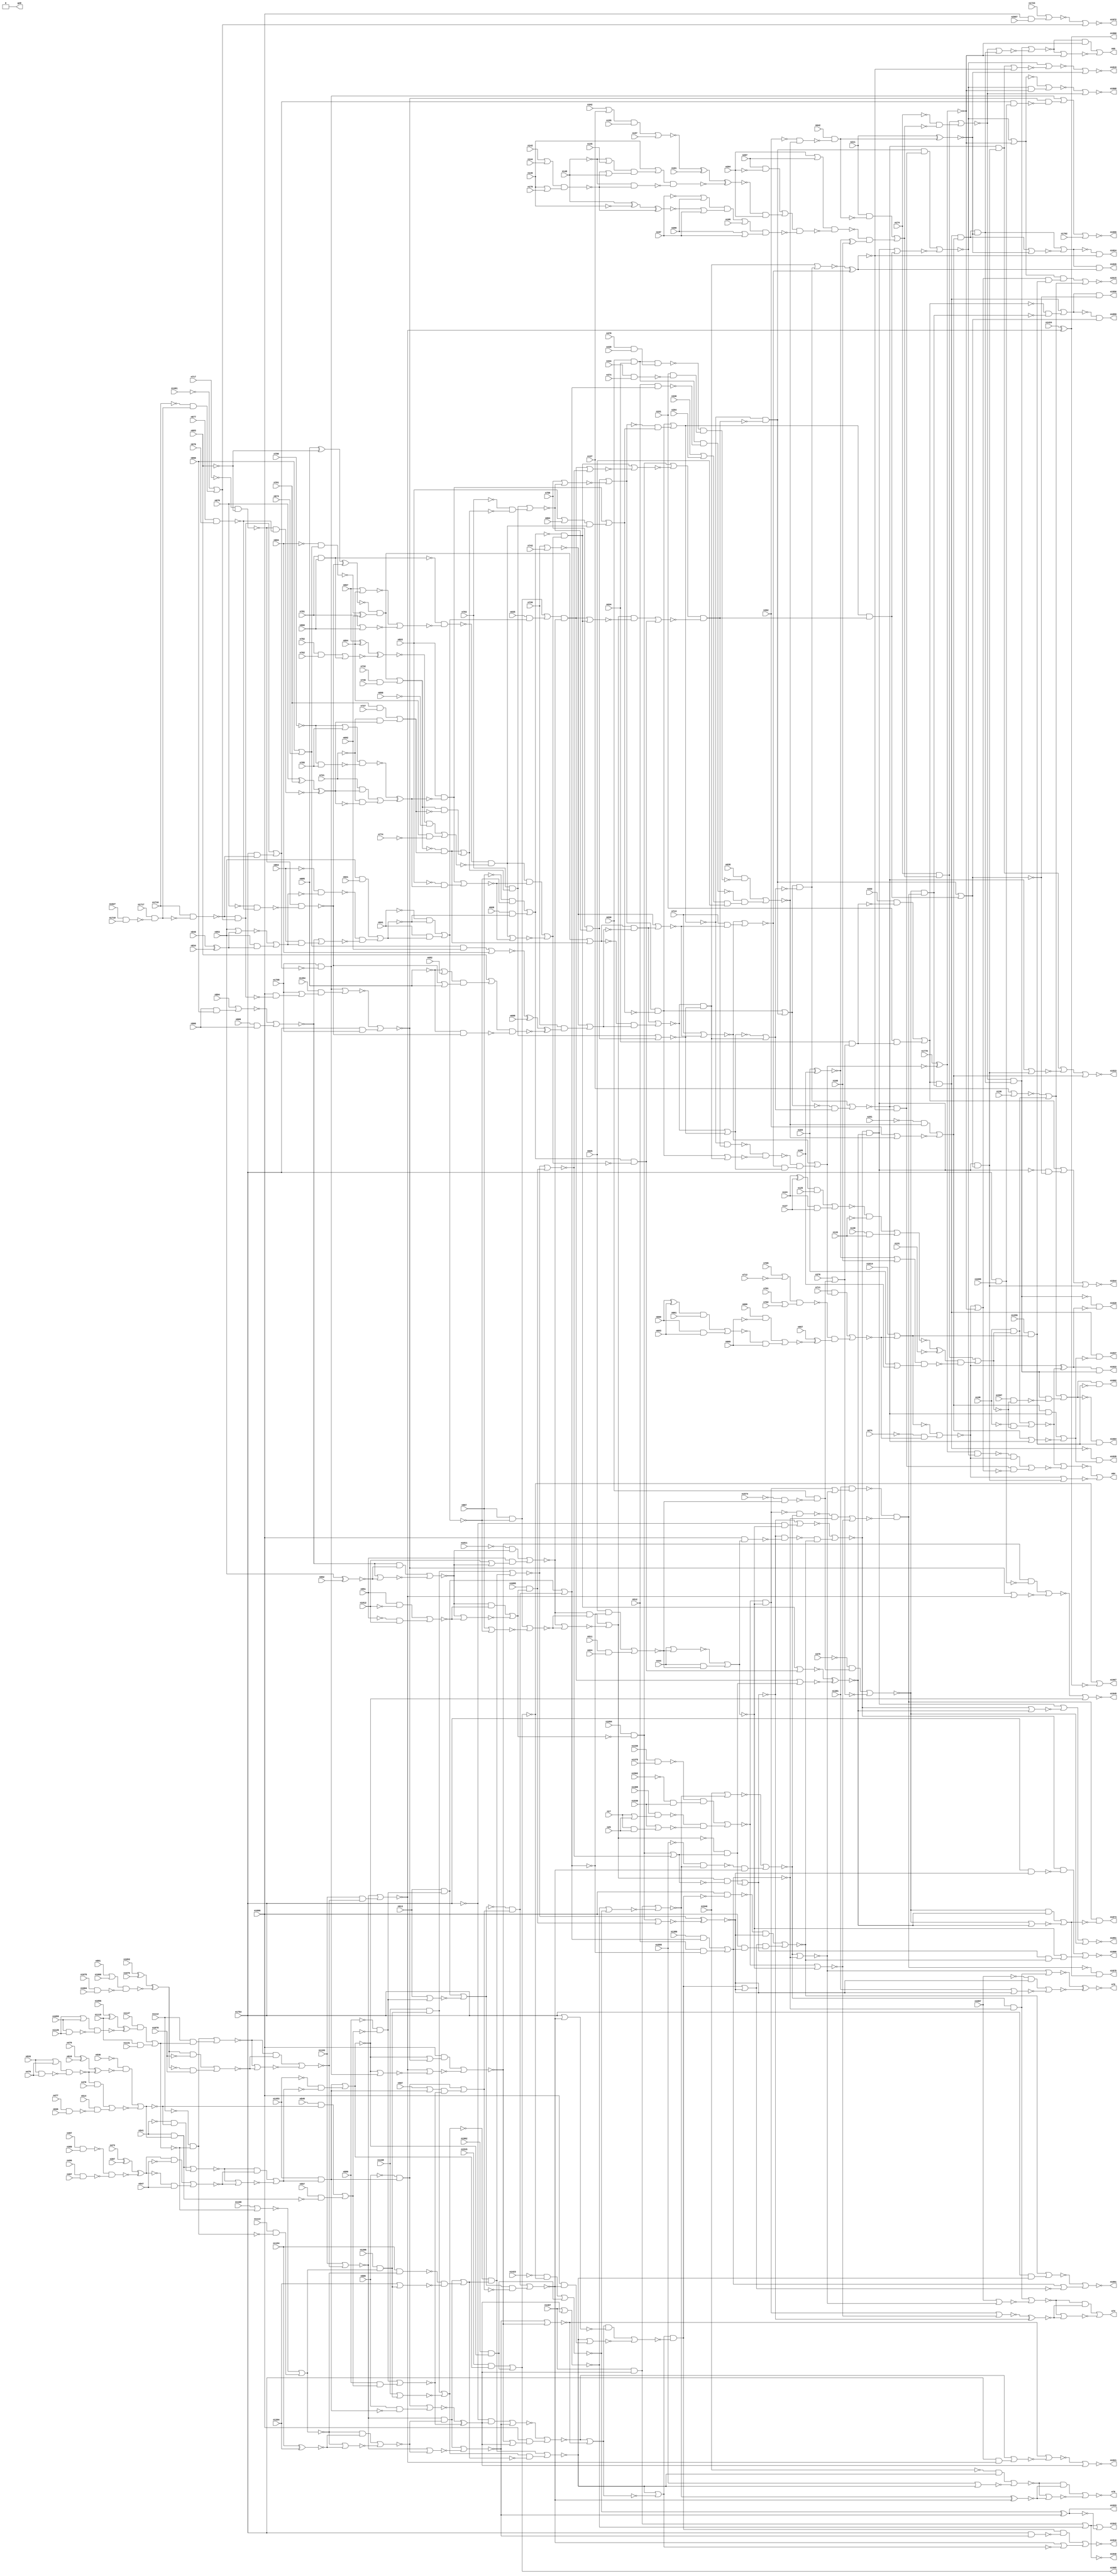
module top_eco(n17, n25, n145, n146, n148, n124, n125, n127, n130, n131, n133, n136, n137, n138, n142, n144, n407, n155, n157, n161, n164, n165, n168, n174, n179, n195, n197, n200, n204, n207, n211, n261, n262, n264, n330, n331, n332, n334, n342, n374, n375, n376, n378, n389, n397, n921, n928, n439, n444, n473, n476, n477, n478, n479, n487, n496, n511, n512, n514, n515, n530, n533, n535, n540, n541, n547, n557, n586, n587, n589, n613, n624, n625, n630, n634, n638, n642, n660, n661, n663, n666, n667, n669, n673, n674, n676, n677, n679, n682, n683, n685, n692, n694, n698, n701, n702, n705, n711, n712, n713, n717, n721, n727, n732, n735, n739, n742, n756, n761, n762, n774, n781, n782, n785, n790, n793, n804, n822, n834, n846, n854, n858, n864, n866, n867, n887, n890, n891, n894, n906, n909, n1962, n935, n941, n951, n952, n953, n1004, n1011, n1012, n1053, n1056, n1059, n1066, n1070, n1075, n1076, n1094, n1095, n1106, n1112, n1113, n1115, n1126, n1131, n1147, n1154, n1168, n1193, n1204, n1206, n1255, n1308, n1336, n1375, n1381, n1386, n1407, n1423, n1424, n1453, n1454, n1461, n1515, n1530, n1546, n1555, n1562, n1574, n1597, n1614, n1627, n1666, n1699, n1702, n1708, n1710, n1717, n1718, n1723, n1754, n1778, n1897, n2007, g48, n69, n74, n75, n76, n84, n2015, n1808, n1819, n1833, n1844, n1851, n1866, n1891, n1910, n1921, n1949, n1955, n1972, n1960, n1965, n1967, n1602, n1604, n1620, n1622, n1824, n1826, n1835, n1837, n1856, n1859, n1873, n1875, n1933, n1940, n1942);
  input n17, n25, n145, n146;
  input n148, n124, n125, n127, n130;
  input n131, n133, n136, n137, n138;
  input n142, n144, n407, n155, n157;
  input n161, n164, n165, n168, n174;
  input n179, n195, n197, n200, n204;
  input n207, n211, n261, n262, n264;
  input n330, n331, n332, n334, n342;
  input n374, n375, n376, n378, n389;
  input n397, n921, n928, n439, n444;
  input n473, n476, n477, n478, n479;
  input n487, n496, n511, n512, n514;
  input n515, n530, n533, n535, n540;
  input n541, n547, n557, n586, n587;
  input n589, n613, n624, n625, n630;
  input n634, n638, n642, n660, n661;
  input n663, n666, n667, n669, n673;
  input n674, n676, n677, n679, n682;
  input n683, n685, n692, n694, n698;
  input n701, n702, n705, n711, n712;
  input n713, n717, n721, n727, n732;
  input n735, n739, n742, n756, n761;
  input n762, n774, n781, n782, n785;
  input n790, n793, n804, n822, n834;
  input n846, n854, n858, n864, n866;
  input n867, n887, n890, n891, n894;
  input n906, n909, n1962, n935, n941;
  input n951, n952, n953, n1004, n1011;
  input n1012, n1053, n1056, n1059, n1066;
  input n1070, n1075, n1076, n1094, n1095;
  input n1106, n1112, n1113, n1115, n1126;
  input n1131, n1147, n1154, n1168, n1193;
  input n1204, n1206, n1255, n1308, n1336;
  input n1375, n1381, n1386, n1407, n1423;
  input n1424, n1453, n1454, n1461, n1515;
  input n1530, n1546, n1555, n1562, n1574;
  input n1597, n1614, n1627, n1666, n1699;
  input n1702, n1708, n1710, n1717, n1718;
  input n1723, n1754, n1778, n1897, n2007;
  output g48, n69, n74, n75;
  output n76, n84, n2015, n1808, n1819;
  output n1833, n1844, n1851, n1866, n1891;
  output n1910, n1921, n1949, n1955, n1972;
  output n1960, n1965, n1967, n1602, n1604;
  output n1620, n1622, n1824, n1826, n1835;
  output n1837, n1856, n1859, n1873, n1875;
  output n1933, n1940, n1942;
  buf eco1 (n69, patchNew_n1959);
  buf eco2 (n74, patchNew_n2005);
  buf eco3 (n75, patchNew__xnor_GATE_0);
  buf eco4 (n76, patchNew_n2043);
  buf eco5 (n84, patchNew_n1913);
  nor eco6 (n2015, patchNew_n1945, patchNew_n1946);
  nor eco7 (n1808, patchNew_n1948, patchNew_n1949);
  nor eco8 (n1819, patchNew_n1964_n1886_29, patchNew__xnor_GATE_3);
  nor eco9 (n1833, patchNew_n1969, patchNew_n1063);
  nor eco10 (n1844, patchNew_n1983, patchNew_n1911);
  nor eco11 (n1851, patchNew_n1988, patchNew_n1989);
  nor eco12 (n1866, patchNew_n1994, patchNew_n1997);
  nor eco13 (n1891, patchNew_n2026, patchNew_n2028);
  nor eco14 (n1910, patchNew_n2046, patchNew_n2050);
  nor eco15 (n1921, patchNew_n2066_n2067_30, patchNew__xor_GATE_1);
  nor eco16 (n1949, patchNew_n2071_n2072_31, patchNew_n844);
  nor eco17 (n1955, patchNew_n2082, n1702);
  nor eco18 (n1972, patchNew_n2099, patchNew_n1791);
  and eco19 (n1824, patchNew_n1923, patchNew__xnor_GATE_2);
  and eco20 (n1826, patchNew_n1926, patchNew_n1860);
  and eco21 (n1856, patchNew_n1937, patchNew_n1907);
  and eco22 (n1859, patchNew_n1939, patchNew_n1940);
  and eco23 (n1602, patchNew_n1077, patchNew_n1717);
  and eco24 (n1604, patchNew_n1719, patchNew_n1720);
  and eco25 (n1835, patchNew_n1936, patchNew_n1976);
  and eco26 (n1837, patchNew_n1978, patchNew_n1979);
  and eco27 (n1873, patchNew_n1931, patchNew_n2010);
  and eco28 (n1875, patchNew_n2012, patchNew_n2009);
  not eco29 (n1933, patchNew__xnor_GATE_4);
  not eco30 (n1940, patchNew_n2058);
  or eco31 (n1942, patchNew_n2058, patchNew__xnor_GATE_4);
  not eco32 (n1960, patchNew__xnor_GATE_5);
  not eco33 (n1965, patchNew_n848);
  or eco34 (n1967, patchNew_n848, patchNew__xnor_GATE_5);
  and eco35 (n1620, patchNew_n1971, patchNew__xnor_GATE_6);
  and eco36 (n1622, patchNew_n2125, patchNew_n1972);
  buf eco37 (g48, 1'b0);
  or eco38 (patchNew_n1959, patchNew_new_n498_, patchNew_new_n499_);
  or eco39 (patchNew_n2005, patchNew_new_n514_, patchNew_new_n515_);
  nor eco40 (patchNew_n2043, patchNew_new_n536_, patchNew_new_n537_);
  or eco41 (patchNew_n1913, patchNew_new_n626_, patchNew_new_n629_);
  nor eco42 (patchNew_n844, patchNew_new_n255_, patchNew_new_n310_);
  nor eco43 (patchNew_n848, patchNew_new_n312_, patchNew_new_n313_);
  nor eco44 (patchNew_n1923, patchNew_new_n346_, patchNew_new_n631_);
  not eco45 (patchNew_n1926, patchNew_n1923);
  and eco46 (patchNew_n1931, patchNew__not_GATE_47, patchNew_new_n335_);
  not eco47 (patchNew_n1936, patchNew_n1978);
  not eco48 (patchNew_n1937, patchNew_n1939);
  nor eco49 (patchNew_n1939, patchNew_n1978, patchNew_new_n633_);
  not eco50 (patchNew_n1940, patchNew_n1907);
  and eco51 (patchNew_n1945, patchNew__not_GATE_156, patchNew_new_n638_);
  or eco52 (patchNew_n1946, patchNew_new_n640_, patchNew_new_n641_);
  nor eco53 (patchNew_n1948, patchNew_new_n635_, patchNew_new_n643_);
  nor eco54 (patchNew_n1949, patchNew_new_n274_, patchNew_new_n275_);
  or eco55 (patchNew_n1063, patchNew_new_n339_, patchNew_new_n340_);
  not eco56 (patchNew_n1077, patchNew_n1719);
  not eco57 (patchNew_n1717, patchNew_n1720);
  nor eco58 (patchNew_n1719, patchNew_n1946, patchNew_new_n646_);
  and eco59 (patchNew_n1720, n1255, patchNew__not_GATE_154);
  or eco60 (patchNew_n1791, patchNew__not_GATE_133, patchNew_new_n572_);
  not eco61 (patchNew_n1860, patchNew__xnor_GATE_2);
  nor eco62 (patchNew_n1907, patchNew_new_n544_, patchNew_new_n612_);
  and eco63 (patchNew_n1911, patchNew_new_n611_, patchNew__not_GATE_152);
  nor eco64 (patchNew_n1964_n1886_29, patchNew_new_n614_, patchNew_new_n649_);
  or eco65 (patchNew_n1969, patchNew_new_n648_, patchNew_new_n651_);
  not eco66 (patchNew_n1971, patchNew_n1972);
  and eco67 (patchNew_n1972, patchNew_n1949, patchNew_new_n346_);
  not eco68 (patchNew_n1976, patchNew_n1979);
  and eco69 (patchNew_n1978, patchNew__not_GATE_48, patchNew_new_n337_);
  nor eco70 (patchNew_n1979, patchNew_new_n653_, patchNew_new_n654_);
  or eco71 (patchNew_n1983, patchNew__not_GATE_160, patchNew_new_n656_);
  or eco72 (patchNew_n1988, patchNew_new_n611_, patchNew_new_n658_);
  nor eco73 (patchNew_n1989, patchNew_new_n287_, patchNew_new_n288_);
  and eco74 (patchNew_n1994, patchNew_new_n610_, patchNew__not_GATE_161);
  or eco75 (patchNew_n1997, patchNew_new_n301_, patchNew_new_n662_);
  not eco76 (patchNew_n2009, patchNew_n2010);
  nor eco77 (patchNew_n2010, patchNew_new_n664_, patchNew_new_n665_);
  not eco78 (patchNew_n2012, patchNew_n1931);
  nor eco79 (patchNew_n2026, patchNew_new_n608_, patchNew_new_n667_);
  or eco80 (patchNew_n2028, patchNew__not_GATE_163, patchNew_new_n605_);
  and eco81 (patchNew_n2046, patchNew_new_n602_, patchNew__not_GATE_164);
  or eco82 (patchNew_n2050, patchNew_new_n323_, patchNew_new_n598_);
  or eco83 (patchNew_n2058, patchNew_new_n308_, patchNew_new_n309_);
  nor eco84 (patchNew_n2066_n2067_30, patchNew_new_n594_, patchNew_new_n678_);
  nor eco85 (patchNew_n2071_n2072_31, patchNew_new_n681_, patchNew_new_n682_);
  or eco86 (patchNew_n2082, patchNew_new_n577_, patchNew_new_n688_);
  nor eco87 (patchNew_n2099, n1723, patchNew_new_n690_);
  not eco88 (patchNew_n2125, patchNew__xnor_GATE_6);
  not eco89 (patchNew__not_GATE_40, n1555);
  not eco90 (patchNew__not_GATE_81, patchNew_new_n436_);
  not eco91 (patchNew__not_GATE_37, n1453);
  nor eco92 (patchNew_new_n301_, patchNew_new_n299_, patchNew_new_n300_);
  and eco93 (patchNew_new_n271_, n211, patchNew__not_GATE_22);
  and eco94 (patchNew_new_n381_, n864, patchNew__not_GATE_62);
  not eco95 (patchNew__not_GATE_33, patchNew_new_n294_);
  not eco96 (patchNew__not_GATE_8, n541);
  nor eco97 (patchNew_new_n320_, n1546, patchNew_new_n319_);
  nor eco98 (patchNew_new_n382_, n867, n864);
  nor eco99 (patchNew_new_n242_, patchNew_new_n239_, patchNew_new_n241_);
  and eco100 (patchNew_new_n378_, n822, patchNew__not_GATE_60);
  and eco101 (patchNew_new_n434_, patchNew_new_n388_, patchNew_new_n433_);
  not eco102 (patchNew__not_GATE_21, patchNew_new_n269_);
  nor eco103 (patchNew_new_n309_, n1407, patchNew__xor_GATE_1);
  not eco104 (patchNew__not_GATE_39, n1423);
  and eco105 (patchNew_new_n262_, patchNew_new_n246_, patchNew__not_GATE_15);
  nor eco106 (patchNew_new_n335_, patchNew_new_n330_, patchNew_new_n334_);
  not eco107 (patchNew__not_GATE_22, patchNew_new_n270_);
  and eco108 (patchNew_new_n250_, patchNew__not_GATE_10, n547);
  nor eco109 (patchNew_new_n387_, patchNew_new_n380_, patchNew_new_n381_);
  not eco110 (patchNew__not_GATE_32, patchNew_new_n293_);
  nor eco111 (patchNew_new_n263_, patchNew_new_n244_, patchNew_new_n262_);
  and eco112 (patchNew_new_n321_, patchNew__not_GATE_40, patchNew_new_n319_);
  nor eco113 (patchNew_new_n484_, patchNew_new_n437_, patchNew_new_n483_);
  nor eco114 (patchNew_new_n362_, patchNew_new_n350_, patchNew_new_n361_);
  nor eco115 (patchNew_new_n350_, n739, n742);
  nor eco116 (patchNew_new_n383_, n781, n866);
  nor eco117 (patchNew_new_n334_, patchNew_new_n298_, patchNew_new_n301_);
  nor eco118 (patchNew_new_n273_, patchNew_new_n271_, patchNew_new_n272_);
  and eco119 (patchNew_new_n292_, patchNew__not_GATE_31, patchNew_new_n291_);
  and eco120 (patchNew_new_n373_, n756, patchNew_new_n372_);
  not eco121 (patchNew__not_GATE_105, patchNew_new_n507_);
  not eco122 (patchNew__not_GATE_77, patchNew_new_n420_);
  and eco123 (patchNew_new_n439_, patchNew__not_GATE_82, patchNew_new_n438_);
  and eco124 (patchNew_new_n277_, n625, patchNew_new_n263_);
  nor eco125 (patchNew_new_n261_, patchNew_new_n256_, patchNew_new_n260_);
  nor eco126 (patchNew_new_n304_, patchNew_new_n256_, patchNew_new_n303_);
  not eco127 (patchNew__not_GATE_17, patchNew_new_n264_);
  nor eco128 (patchNew_new_n450_, patchNew_new_n448_, patchNew_new_n449_);
  and eco129 (patchNew_new_n315_, patchNew__not_GATE_39, patchNew_n848);
  not eco130 (patchNew__not_GATE_41, patchNew_new_n246_);
  and eco131 (patchNew_new_n264_, n512, patchNew__not_GATE_16);
  and eco132 (patchNew_new_n371_, patchNew__not_GATE_59, patchNew_new_n369_);
  nor eco133 (patchNew_new_n279_, patchNew_new_n277_, patchNew_new_n278_);
  and eco134 (patchNew_new_n359_, n739, patchNew__not_GATE_54);
  and eco135 (patchNew_new_n394_, n953, n921);
  nor eco136 (patchNew_new_n251_, patchNew_new_n249_, patchNew_new_n250_);
  not eco137 (patchNew__not_GATE_52, n721);
  nor eco138 (patchNew_new_n398_, patchNew_new_n396_, patchNew_new_n397_);
  and eco139 (patchNew_new_n280_, patchNew__not_GATE_25, patchNew_new_n279_);
  not eco140 (patchNew__not_GATE_15, patchNew_new_n261_);
  not eco141 (patchNew__not_GATE_97, patchNew_new_n485_);
  and eco142 (patchNew_new_n241_, n557, patchNew__not_GATE_6);
  and eco143 (patchNew_new_n291_, patchNew__not_GATE_30, n1530);
  not eco144 (patchNew__not_GATE_30, n1562);
  not eco145 (patchNew__not_GATE_79, n887);
  nor eco146 (patchNew_new_n360_, patchNew_new_n350_, patchNew_new_n359_);
  and eco147 (patchNew_new_n312_, n1515, patchNew__not_GATE_38);
  nor eco148 (patchNew_new_n443_, patchNew_new_n441_, patchNew_new_n442_);
  and eco149 (patchNew_new_n352_, n732, n735);
  and eco150 (patchNew_new_n386_, patchNew__not_GATE_63, patchNew_new_n385_);
  and eco151 (patchNew_new_n339_, patchNew__not_GATE_49, patchNew_new_n268_);
  and eco152 (patchNew_new_n249_, patchNew_n499, patchNew__not_GATE_9);
  and eco153 (patchNew_new_n275_, patchNew__not_GATE_24, patchNew_new_n273_);
  not eco154 (patchNew__not_GATE_13, patchNew_new_n242_);
  and eco155 (patchNew_new_n397_, n909, n906);
  and eco156 (patchNew_new_n441_, n951, patchNew__not_GATE_84);
  not eco157 (patchNew__not_GATE_61, n858);
  not eco158 (patchNew__not_GATE_86, n1112);
  nor eco159 (patchNew_new_n246_, patchNew_new_n244_, patchNew_new_n245_);
  not eco160 (patchNew__not_GATE_9, n547);
  nor eco161 (patchNew_new_n393_, patchNew_new_n391_, patchNew_new_n392_);
  nor eco162 (patchNew_new_n438_, patchNew_new_n423_, patchNew_new_n437_);
  nor eco163 (patchNew_new_n472_, patchNew_new_n454_, patchNew__xnor_GATE_9);
  nor eco164 (patchNew_new_n396_, n894, patchNew_new_n395_);
  and eco165 (patchNew_new_n459_, n1112, patchNew__not_GATE_89);
  and eco166 (patchNew_new_n337_, patchNew_n1989, patchNew_n1931);
  nor eco167 (patchNew_new_n406_, patchNew_new_n394_, patchNew_new_n405_);
  and eco168 (patchNew_new_n452_, patchNew__not_GATE_86, patchNew_new_n450_);
  and eco169 (patchNew_new_n294_, n1308, patchNew__not_GATE_32);
  and eco170 (patchNew_new_n284_, n332, patchNew__not_GATE_28);
  not eco171 (patchNew__not_GATE_96, patchNew_new_n446_);
  not eco172 (patchNew__not_GATE_12, n586);
  nor eco173 (patchNew_new_n296_, n1530, patchNew_new_n295_);
  and eco174 (patchNew_new_n243_, patchNew__not_GATE_7, patchNew_new_n242_);
  and eco175 (patchNew_new_n230_, n331, patchNew__not_GATE_0);
  nor eco176 (patchNew_new_n318_, patchNew_new_n309_, patchNew_new_n317_);
  nor eco177 (patchNew_new_n254_, patchNew_new_n252_, patchNew_new_n253_);
  not eco178 (patchNew__not_GATE_60, patchNew_n1390);
  and eco179 (patchNew_new_n380_, patchNew_n1224, patchNew__not_GATE_61);
  nor eco180 (patchNew_new_n504_, patchNew_new_n302_, patchNew_new_n334_);
  nor eco181 (patchNew_new_n385_, patchNew_new_n382_, patchNew_new_n383_);
  and eco182 (patchNew_new_n361_, patchNew__not_GATE_55, patchNew_new_n360_);
  nor eco183 (patchNew_new_n340_, n262, patchNew_new_n268_);
  nor eco184 (patchNew_new_n237_, patchNew_new_n234_, patchNew_new_n236_);
  nor eco185 (patchNew_new_n379_, n822, n804);
  and eco186 (patchNew_new_n421_, n951, patchNew__not_GATE_77);
  not eco187 (patchNew__not_GATE_47, patchNew_new_n333_);
  and eco188 (patchNew_new_n256_, patchNew__not_GATE_12, patchNew_new_n255_);
  and eco189 (patchNew_new_n252_, patchNew_new_n248_, patchNew_new_n251_);
  nor eco190 (patchNew_new_n248_, patchNew_new_n240_, patchNew_new_n247_);
  not eco191 (patchNew__not_GATE_6, patchNew_new_n240_);
  nor eco192 (patchNew_new_n433_, patchNew_new_n378_, patchNew_new_n432_);
  not eco193 (patchNew__not_GATE_38, patchNew_n844);
  and eco194 (patchNew_new_n364_, n713, patchNew_new_n362_);
  not eco195 (patchNew__not_GATE_48, patchNew_new_n286_);
  and eco196 (patchNew_new_n444_, patchNew_new_n418_, patchNew_new_n443_);
  nor eco197 (patchNew_new_n356_, patchNew_new_n354_, patchNew_new_n355_);
  not eco198 (patchNew__not_GATE_49, n261);
  not eco199 (patchNew__not_GATE_70, patchNew_new_n403_);
  and eco200 (patchNew_new_n272_, patchNew_n1008, patchNew_n989);
  and eco201 (patchNew_new_n384_, n781, n866);
  not eco202 (patchNew__not_GATE_20, n262);
  and eco203 (patchNew_new_n402_, n854, patchNew__not_GATE_68);
  nor eco204 (patchNew_new_n245_, n613, patchNew_new_n243_);
  not eco205 (patchNew__not_GATE_29, n375);
  nor eco206 (patchNew_new_n458_, patchNew_new_n456_, patchNew_new_n457_);
  and eco207 (patchNew_new_n447_, n1094, patchNew_new_n446_);
  nor eco208 (patchNew_new_n376_, n756, patchNew_new_n372_);
  and eco209 (patchNew_new_n432_, patchNew__not_GATE_80, patchNew_n1390);
  nor eco210 (patchNew_new_n399_, n953, patchNew_n1188);
  not eco211 (patchNew__not_GATE_31, patchNew_new_n290_);
  nor eco212 (patchNew_new_n299_, n444, patchNew_new_n279_);
  nor eco213 (patchNew_new_n298_, patchNew_new_n292_, patchNew_new_n297_);
  and eco214 (patchNew_new_n228_, patchNew_new_n226_, patchNew_new_n227_);
  and eco215 (patchNew_new_n281_, n630, patchNew__not_GATE_26);
  and eco216 (patchNew_new_n313_, n1962, patchNew_n844);
  and eco217 (patchNew_new_n342_, patchNew_n1978, patchNew_n1063);
  and eco218 (patchNew_new_n453_, n1113, patchNew__not_GATE_87);
  and eco219 (patchNew_new_n287_, patchNew__not_GATE_29, patchNew_new_n281_);
  not eco220 (patchNew__not_GATE_82, patchNew_new_n428_);
  and eco221 (patchNew_new_n255_, n1453, patchNew__not_GATE_11);
  nor eco222 (patchNew_new_n463_, patchNew_new_n461_, patchNew_new_n462_);
  not eco223 (patchNew__not_GATE_80, n822);
  and eco224 (patchNew_new_n400_, n953, patchNew_n1188);
  and eco225 (patchNew_new_n274_, n174, patchNew__not_GATE_23);
  and eco226 (patchNew_new_n265_, patchNew_new_n226_, patchNew__not_GATE_17);
  nor eco227 (patchNew_new_n377_, patchNew_new_n373_, patchNew_new_n376_);
  nor eco228 (patchNew_new_n431_, patchNew_new_n429_, patchNew_new_n430_);
  and eco229 (patchNew_new_n357_, patchNew_new_n353_, patchNew__not_GATE_53);
  nor eco230 (patchNew_new_n457_, n1168, patchNew_new_n455_);
  and eco231 (patchNew_new_n351_, patchNew_n1576, patchNew_n1584);
  and eco232 (patchNew_new_n370_, n793, patchNew__not_GATE_58);
  nor eco233 (patchNew_new_n446_, patchNew_new_n444_, patchNew_new_n445_);
  and eco234 (patchNew_new_n231_, patchNew__not_GATE_1, patchNew_new_n230_);
  and eco235 (patchNew_new_n297_, patchNew__not_GATE_33, patchNew_new_n296_);
  not eco236 (patchNew__not_GATE_71, n941);
  nor eco237 (patchNew_new_n257_, n587, patchNew_new_n255_);
  not eco238 (patchNew__not_GATE_2, patchNew_new_n231_);
  not eco239 (patchNew__not_GATE_85, n951);
  not eco240 (patchNew__not_GATE_3, n530);
  and eco241 (patchNew_new_n267_, patchNew__not_GATE_19, patchNew_new_n266_);
  not eco242 (patchNew__not_GATE_59, n793);
  and eco243 (patchNew_new_n308_, n1407, patchNew__xor_GATE_1);
  not eco244 (patchNew__not_GATE_55, patchNew_new_n358_);
  and eco245 (patchNew_new_n448_, n1147, patchNew_n1458);
  and eco246 (patchNew_new_n354_, n761, n727);
  nor eco247 (patchNew_new_n485_, patchNew_new_n447_, patchNew_new_n484_);
  nor eco248 (patchNew_new_n349_, patchNew_n1972, patchNew_new_n348_);
  and eco249 (patchNew_new_n295_, n17, n25);
  not eco250 (patchNew__not_GATE_4, patchNew_new_n235_);
  nor eco251 (patchNew_new_n480_, patchNew_new_n456_, patchNew_new_n479_);
  and eco252 (patchNew_new_n260_, patchNew__not_GATE_14, patchNew_new_n259_);
  not eco253 (patchNew__not_GATE_11, patchNew_new_n254_);
  and eco254 (patchNew_new_n302_, patchNew_new_n298_, patchNew_new_n301_);
  and eco255 (patchNew_new_n471_, patchNew_new_n454_, patchNew__xnor_GATE_9);
  nor eco256 (patchNew_new_n476_, n1204, patchNew_new_n455_);
  and eco257 (patchNew_new_n449_, n1115, n1131);
  and eco258 (patchNew_new_n411_, n935, patchNew__not_GATE_73);
  nor eco259 (patchNew_new_n253_, patchNew_new_n248_, patchNew_new_n251_);
  nor eco260 (patchNew_new_n363_, n713, patchNew_new_n362_);
  nor eco261 (patchNew_new_n375_, patchNew_new_n367_, patchNew_new_n374_);
  and eco262 (patchNew_new_n278_, n511, n624);
  not eco263 (patchNew__not_GATE_46, patchNew_new_n332_);
  and eco264 (patchNew_new_n290_, n1336, n1375);
  and eco265 (patchNew_new_n395_, n906, n890);
  not eco266 (patchNew__not_GATE_10, patchNew_n499);
  not eco267 (patchNew__not_GATE_56, patchNew_new_n360_);
  and eco268 (patchNew_new_n487_, patchNew__not_GATE_97, patchNew_new_n486_);
  nor eco269 (patchNew_new_n483_, patchNew_new_n423_, patchNew_new_n482_);
  nor eco270 (patchNew_new_n317_, patchNew_new_n315_, patchNew_new_n316_);
  not eco271 (patchNew__not_GATE_25, n1574);
  and eco272 (patchNew_new_n426_, patchNew_new_n422_, patchNew_new_n425_);
  and eco273 (patchNew_new_n232_, n638, patchNew__not_GATE_2);
  and eco274 (patchNew_new_n355_, patchNew__not_GATE_52, patchNew_n1384);
  and eco275 (patchNew_new_n493_, patchNew__not_GATE_100, patchNew_new_n492_);
  and eco276 (patchNew_new_n429_, patchNew__not_GATE_79, patchNew_new_n409_);
  and eco277 (patchNew_new_n437_, patchNew_new_n431_, patchNew__not_GATE_81);
  nor eco278 (patchNew_new_n532_, patchNew_new_n530_, patchNew_new_n531_);
  not eco279 (patchNew__not_GATE_114, n1546);
  not eco280 (patchNew__not_GATE_76, n1011);
  not eco281 (patchNew__not_GATE_43, patchNew_new_n302_);
  not eco282 (patchNew__not_GATE_94, patchNew_new_n475_);
  not eco283 (patchNew__not_GATE_62, n774);
  not eco284 (patchNew__not_GATE_84, n1012);
  and eco285 (patchNew_new_n416_, patchNew_new_n398_, patchNew__xnor_GATE_12);
  nor eco286 (patchNew_new_n417_, patchNew_new_n398_, patchNew__xnor_GATE_12);
  and eco287 (patchNew_new_n233_, patchNew__not_GATE_3, patchNew_n487);
  and eco288 (patchNew_new_n498_, patchNew_new_n349_, patchNew__xnor_GATE_7);
  nor eco289 (patchNew_new_n425_, patchNew_new_n410_, patchNew_new_n424_);
  and eco290 (patchNew_new_n303_, n586, patchNew__not_GATE_34);
  nor eco291 (patchNew_new_n465_, patchNew_new_n460_, patchNew_new_n463_);
  and eco292 (patchNew_new_n509_, patchNew_new_n428_, patchNew__not_GATE_105);
  and eco293 (patchNew_new_n407_, patchNew__not_GATE_71, patchNew_new_n406_);
  and eco294 (patchNew_new_n247_, patchNew__not_GATE_8, patchNew_new_n238_);
  nor eco295 (patchNew_new_n282_, n376, patchNew_new_n281_);
  nor eco296 (patchNew_new_n467_, n1193, patchNew_new_n466_);
  not eco297 (patchNew__not_GATE_27, patchNew_new_n282_);
  and eco298 (patchNew_new_n316_, n1962, patchNew_n844);
  and eco299 (patchNew_new_n423_, patchNew__not_GATE_78, patchNew_new_n422_);
  and eco300 (patchNew_new_n368_, patchNew__not_GATE_57, patchNew_new_n356_);
  and eco301 (patchNew_new_n475_, n1154, patchNew_new_n454_);
  nor eco302 (patchNew_new_n353_, patchNew_new_n351_, patchNew_new_n352_);
  not eco303 (patchNew__not_GATE_58, patchNew_new_n369_);
  nor eco304 (patchNew_new_n549_, patchNew_new_n547_, patchNew_new_n548_);
  nor eco305 (patchNew_new_n550_, patchNew_new_n489_, patchNew_new_n547_);
  and eco306 (patchNew_new_n234_, patchNew_n486, n478);
  nor eco307 (patchNew_new_n404_, patchNew_new_n398_, patchNew_new_n402_);
  not eco308 (patchNew__not_GATE_18, patchNew_n1020);
  nor eco309 (patchNew_new_n422_, patchNew_new_n419_, patchNew_new_n421_);
  not eco310 (patchNew__not_GATE_23, patchNew_new_n273_);
  nor eco311 (patchNew_new_n428_, patchNew_new_n426_, patchNew_new_n427_);
  nor eco312 (patchNew_new_n268_, patchNew_new_n232_, patchNew_new_n267_);
  and eco313 (patchNew_new_n405_, patchNew__not_GATE_70, patchNew_new_n404_);
  and eco314 (patchNew_new_n300_, n444, patchNew_new_n279_);
  nor eco315 (patchNew_new_n427_, patchNew_new_n422_, patchNew_new_n425_);
  nor eco316 (patchNew_new_n367_, patchNew_new_n361_, patchNew_new_n366_);
  not eco317 (patchNew__not_GATE_78, patchNew_new_n412_);
  and eco318 (patchNew_new_n430_, n928, patchNew_new_n406_);
  nor eco319 (patchNew_new_n238_, patchNew_new_n233_, patchNew_new_n237_);
  not eco320 (patchNew__not_GATE_63, patchNew_new_n384_);
  and eco321 (patchNew_new_n330_, patchNew__not_GATE_45, patchNew_new_n329_);
  nor eco322 (patchNew_new_n288_, n376, patchNew_new_n281_);
  nor eco323 (patchNew_new_n435_, patchNew_new_n388_, patchNew_new_n433_);
  and eco324 (patchNew_new_n391_, patchNew__not_GATE_66, patchNew_new_n390_);
  and eco325 (patchNew_new_n269_, patchNew__not_GATE_20, patchNew_new_n268_);
  not eco326 (patchNew__not_GATE_69, n854);
  not eco327 (patchNew__not_GATE_98, patchNew_new_n488_);
  nor eco328 (patchNew_new_n540_, patchNew_new_n274_, patchNew_new_n539_);
  and eco329 (patchNew_new_n541_, n138, patchNew__not_GATE_117);
  nor eco330 (patchNew_new_n589_, patchNew_new_n587_, patchNew_new_n588_);
  nor eco331 (patchNew_new_n590_, patchNew_new_n585_, patchNew_new_n589_);
  nor eco332 (patchNew_new_n591_, patchNew_new_n590_, patchNew__xor_GATE_1);
  and eco333 (patchNew_new_n481_, n1095, patchNew__not_GATE_96);
  and eco334 (patchNew_new_n266_, patchNew__not_GATE_18, n625);
  nor eco335 (patchNew_new_n454_, patchNew_new_n451_, patchNew_new_n453_);
  nor eco336 (patchNew_new_n358_, patchNew_new_n351_, patchNew_new_n357_);
  nor eco337 (patchNew_new_n286_, patchNew_new_n284_, patchNew_new_n285_);
  and eco338 (patchNew_new_n240_, n541, patchNew__not_GATE_5);
  nor eco339 (patchNew_new_n372_, patchNew_new_n370_, patchNew_new_n371_);
  not eco340 (patchNew__not_GATE_1, patchNew_new_n228_);
  not eco341 (patchNew__not_GATE_91, patchNew_n1469);
  not eco342 (patchNew__not_GATE_87, patchNew_new_n452_);
  not eco343 (patchNew__not_GATE_53, patchNew_new_n356_);
  nor eco344 (patchNew_new_n319_, patchNew_new_n308_, patchNew_new_n318_);
  nor eco345 (patchNew_new_n445_, patchNew_new_n418_, patchNew_new_n443_);
  and eco346 (patchNew_new_n474_, patchNew_new_n467_, patchNew_new_n473_);
  not eco347 (patchNew__not_GATE_34, patchNew_new_n255_);
  nor eco348 (patchNew_new_n436_, patchNew_new_n434_, patchNew_new_n435_);
  and eco349 (patchNew_new_n456_, n1168, patchNew_new_n455_);
  and eco350 (patchNew_new_n226_, n630, n634);
  not eco351 (patchNew__not_GATE_45, patchNew_new_n326_);
  nor eco352 (patchNew_new_n473_, patchNew_new_n471_, patchNew_new_n472_);
  nor eco353 (patchNew_new_n374_, patchNew_new_n370_, patchNew_new_n373_);
  not eco354 (patchNew__not_GATE_28, patchNew_new_n283_);
  and eco355 (patchNew_new_n547_, patchNew__not_GATE_120, patchNew_new_n546_);
  and eco356 (patchNew_new_n548_, patchNew_new_n545_, patchNew__not_GATE_121);
  and eco357 (patchNew_new_n244_, n613, patchNew_new_n243_);
  not eco358 (patchNew__not_GATE_7, n589);
  not eco359 (patchNew__not_GATE_42, patchNew_new_n321_);
  nor eco360 (patchNew_new_n482_, patchNew_new_n480_, patchNew_new_n481_);
  and eco361 (patchNew_new_n564_, patchNew_new_n510_, patchNew__not_GATE_128);
  not eco362 (patchNew__not_GATE_128, patchNew_new_n563_);
  not eco363 (patchNew__not_GATE_24, n174);
  nor eco364 (patchNew_new_n348_, patchNew_n1949, patchNew_new_n346_);
  nor eco365 (patchNew_new_n451_, n1106, patchNew_new_n450_);
  not eco366 (patchNew__not_GATE_57, patchNew_new_n353_);
  nor eco367 (patchNew_new_n466_, patchNew_new_n464_, patchNew_new_n465_);
  and eco368 (patchNew_new_n522_, patchNew__not_GATE_110, patchNew__xnor_GATE_8);
  not eco369 (patchNew__not_GATE_110, n1897);
  and eco370 (patchNew_new_n366_, patchNew_new_n358_, patchNew__not_GATE_56);
  not eco371 (patchNew__not_GATE_64, patchNew_new_n386_);
  nor eco372 (patchNew_new_n424_, n887, patchNew_new_n409_);
  xnor eco373 (patchNew__xnor_GATE_8, patchNew_new_n480_, patchNew_new_n518_);
  xnor eco374 (patchNew__xnor_GATE_9, n1154, n1204);
  xnor eco375 (patchNew__xnor_GATE_10, patchNew_new_n319_, patchNew_new_n323_);
  xnor eco376 (patchNew__xnor_GATE_11, patchNew_new_n504_, patchNew_new_n510_);
  xnor eco377 (patchNew__xnor_GATE_12, n953, n952);
  xnor eco378 (patchNew__xnor_GATE_13, patchNew_new_n556_, patchNew_new_n557_);
  nor eco379 (patchNew_new_n499_, patchNew_new_n349_, patchNew__xnor_GATE_7);
  and eco380 (patchNew_new_n501_, patchNew_new_n325_, patchNew_new_n329_);
  not eco381 (patchNew__not_GATE_88, patchNew_new_n454_);
  nor eco382 (patchNew_new_n576_, patchNew_new_n574_, patchNew_new_n575_);
  not eco383 (patchNew__not_GATE_131, patchNew_new_n570_);
  and eco384 (patchNew_new_n236_, n514, patchNew__not_GATE_4);
  and eco385 (patchNew_new_n599_, n1666, patchNew_new_n323_);
  nor eco386 (patchNew_new_n600_, patchNew_new_n529_, patchNew_new_n599_);
  nor eco387 (patchNew_new_n601_, patchNew_new_n597_, patchNew_new_n600_);
  and eco388 (patchNew_new_n602_, patchNew__not_GATE_141, patchNew_new_n601_);
  and eco389 (patchNew_new_n536_, patchNew_new_n532_, patchNew__xnor_GATE_10);
  nor eco390 (patchNew_new_n325_, patchNew_new_n320_, patchNew_new_n324_);
  not eco391 (patchNew__not_GATE_103, patchNew_new_n446_);
  nor eco392 (patchNew_new_n510_, patchNew_new_n508_, patchNew_new_n509_);
  and eco393 (patchNew_new_n572_, patchNew__not_GATE_132, patchNew_new_n570_);
  not eco394 (patchNew__not_GATE_132, n1710);
  and eco395 (patchNew_new_n565_, patchNew__not_GATE_129, patchNew__xor_GATE_1);
  not eco396 (patchNew__not_GATE_129, n1754);
  nor eco397 (patchNew_new_n619_, n1614, patchNew_new_n618_);
  and eco398 (patchNew_new_n620_, patchNew__not_GATE_150, patchNew_new_n618_);
  not eco399 (patchNew__not_GATE_150, n674);
  nor eco400 (patchNew_new_n621_, patchNew_new_n619_, patchNew_new_n620_);
  and eco401 (patchNew_new_n622_, patchNew__not_GATE_151, patchNew_new_n621_);
  nor eco402 (patchNew_new_n323_, patchNew_new_n262_, patchNew_new_n322_);
  not eco403 (patchNew__not_GATE_19, patchNew_new_n265_);
  nor eco404 (patchNew_new_n259_, patchNew_new_n243_, patchNew_new_n258_);
  and eco405 (patchNew_new_n270_, n642, patchNew__not_GATE_21);
  and eco406 (patchNew_new_n310_, patchNew__not_GATE_37, patchNew_new_n254_);
  and eco407 (patchNew_new_n464_, patchNew_new_n460_, patchNew_new_n463_);
  nor eco408 (patchNew_new_n678_, patchNew_new_n593_, patchNew_new_n677_);
  and eco409 (patchNew_new_n680_, n1754, n1699);
  and eco410 (patchNew_new_n681_, patchNew_new_n590_, patchNew__not_GATE_167);
  not eco411 (patchNew__not_GATE_167, patchNew_new_n680_);
  nor eco412 (patchNew_new_n682_, patchNew_new_n583_, patchNew_new_n587_);
  nor eco413 (patchNew_new_n329_, patchNew_new_n327_, patchNew_new_n328_);
  nor eco414 (patchNew_new_n412_, patchNew_new_n410_, patchNew_new_n411_);
  and eco415 (patchNew_new_n410_, n887, patchNew_new_n409_);
  nor eco416 (patchNew_new_n420_, n1012, patchNew_new_n418_);
  and eco417 (patchNew_new_n333_, n1381, patchNew__not_GATE_46);
  not eco418 (patchNew__not_GATE_121, patchNew_new_n546_);
  not eco419 (patchNew__not_GATE_118, n138);
  and eco420 (patchNew_new_n440_, patchNew__not_GATE_83, patchNew_new_n436_);
  not eco421 (patchNew__not_GATE_14, patchNew_new_n257_);
  nor eco422 (patchNew_new_n409_, patchNew_new_n407_, patchNew_new_n408_);
  and eco423 (patchNew_new_n442_, patchNew__not_GATE_85, n1012);
  and eco424 (patchNew_new_n586_, n1193, patchNew_new_n466_);
  and eco425 (patchNew_new_n582_, n1754, n1708);
  nor eco426 (patchNew_new_n583_, patchNew_new_n581_, patchNew_new_n582_);
  and eco427 (patchNew_new_n544_, patchNew_new_n393_, patchNew__not_GATE_119);
  nor eco428 (patchNew_new_n545_, patchNew_new_n391_, patchNew_new_n544_);
  nor eco429 (patchNew_new_n460_, patchNew_new_n452_, patchNew_new_n459_);
  and eco430 (patchNew_new_n227_, n378, n439);
  not eco431 (patchNew__not_GATE_54, patchNew_n1642);
  and eco432 (patchNew_new_n462_, patchNew__not_GATE_91, n1070);
  not eco433 (patchNew__not_GATE_26, patchNew_new_n280_);
  not eco434 (patchNew__not_GATE_72, patchNew_new_n406_);
  not eco435 (patchNew__not_GATE_65, patchNew_new_n379_);
  and eco436 (patchNew_new_n479_, patchNew_new_n458_, patchNew__not_GATE_95);
  and eco437 (patchNew_new_n328_, n512, patchNew_new_n263_);
  not eco438 (patchNew__not_GATE_151, patchNew_new_n615_);
  nor eco439 (patchNew_new_n623_, patchNew_new_n621_, patchNew__xnor_GATE_7);
  and eco440 (patchNew_new_n624_, patchNew_new_n554_, patchNew_new_n623_);
  nor eco441 (patchNew_new_n625_, patchNew_new_n622_, patchNew_new_n624_);
  xnor eco442 (patchNew__xnor_GATE_0, patchNew_new_n517_, patchNew_new_n524_);
  xor eco443 (patchNew__xor_GATE_1, patchNew_new_n304_, patchNew_new_n259_);
  and eco444 (patchNew_new_n687_, patchNew__not_GATE_170, patchNew_new_n680_);
  not eco445 (patchNew__not_GATE_170, patchNew_new_n576_);
  and eco446 (patchNew_new_n688_, patchNew_new_n583_, patchNew__not_GATE_171);
  and eco447 (patchNew_new_n690_, n1666, n2007);
  not eco448 (patchNew__not_GATE_171, patchNew_new_n687_);
  and eco449 (patchNew_new_n542_, patchNew__not_GATE_118, patchNew_new_n540_);
  and eco450 (patchNew_new_n611_, patchNew_new_n610_, patchNew__xnor_GATE_13);
  and eco451 (patchNew_new_n612_, patchNew__not_GATE_147, patchNew_new_n487_);
  not eco452 (patchNew__not_GATE_147, patchNew_new_n393_);
  and eco453 (patchNew_new_n492_, patchNew_new_n365_, patchNew__not_GATE_99);
  nor eco454 (patchNew_new_n332_, patchNew_new_n302_, patchNew_new_n331_);
  not eco455 (patchNew__not_GATE_99, patchNew_new_n375_);
  nor eco456 (patchNew_new_n293_, n17, n25);
  and eco457 (patchNew_new_n239_, n540, patchNew_new_n238_);
  not eco458 (patchNew__not_GATE_95, patchNew_new_n478_);
  and eco459 (patchNew_new_n346_, patchNew_new_n342_, patchNew__xnor_GATE_3);
  nor eco460 (patchNew_new_n566_, patchNew_new_n467_, patchNew_new_n473_);
  nor eco461 (patchNew_new_n567_, patchNew_new_n474_, patchNew_new_n566_);
  nor eco462 (patchNew_new_n568_, patchNew_new_n565_, patchNew_new_n567_);
  not eco463 (patchNew__not_GATE_144, patchNew_new_n329_);
  and eco464 (patchNew_new_n607_, patchNew__not_GATE_145, patchNew_new_n606_);
  not eco465 (patchNew__not_GATE_145, patchNew_new_n605_);
  and eco466 (patchNew_new_n408_, n941, patchNew__not_GATE_72);
  nor eco467 (patchNew_new_n478_, patchNew_new_n474_, patchNew_new_n477_);
  xnor eco468 (patchNew__xnor_GATE_2, patchNew_new_n550_, patchNew_new_n365_);
  xnor eco469 (patchNew__xnor_GATE_3, n211, patchNew_new_n270_);
  not eco470 (patchNew__not_GATE_68, patchNew_new_n401_);
  nor eco471 (patchNew_new_n598_, patchNew_new_n529_, patchNew_new_n595_);
  nor eco472 (patchNew_new_n587_, patchNew_new_n467_, patchNew_new_n586_);
  nor eco473 (patchNew_new_n588_, patchNew_n844, patchNew_new_n577_);
  and eco474 (patchNew_new_n604_, patchNew__not_GATE_143, patchNew__xnor_GATE_8);
  not eco475 (patchNew__not_GATE_143, patchNew_new_n603_);
  nor eco476 (patchNew_new_n605_, patchNew_new_n602_, patchNew__xnor_GATE_8);
  and eco477 (patchNew_new_n606_, n1666, patchNew__not_GATE_144);
  nor eco478 (patchNew_new_n502_, n1897, patchNew_new_n331_);
  nor eco479 (patchNew_new_n503_, patchNew_new_n501_, patchNew_new_n502_);
  nor eco480 (patchNew_new_n506_, patchNew_new_n480_, patchNew_new_n505_);
  nor eco481 (patchNew_new_n507_, patchNew_new_n447_, patchNew_new_n506_);
  and eco482 (patchNew_new_n554_, patchNew_new_n549_, patchNew__xnor_GATE_2);
  and eco483 (patchNew_new_n555_, patchNew_new_n544_, patchNew_new_n554_);
  and eco484 (patchNew_new_n283_, n634, patchNew__not_GATE_27);
  and eco485 (patchNew_new_n514_, patchNew_new_n503_, patchNew__xnor_GATE_11);
  nor eco486 (patchNew_new_n515_, patchNew_new_n503_, patchNew__xnor_GATE_11);
  nor eco487 (patchNew_new_n613_, patchNew_new_n611_, patchNew_new_n612_);
  nor eco488 (patchNew_new_n614_, patchNew_new_n555_, patchNew_new_n613_);
  and eco489 (patchNew_new_n615_, patchNew__not_GATE_148, patchNew_new_n614_);
  not eco490 (patchNew__not_GATE_148, patchNew__xnor_GATE_7);
  not eco491 (patchNew__not_GATE_120, patchNew_new_n545_);
  and eco492 (patchNew_new_n419_, patchNew__not_GATE_76, patchNew_new_n418_);
  not eco493 (patchNew__not_GATE_90, n1070);
  nor eco494 (patchNew_new_n543_, patchNew_new_n541_, patchNew_new_n542_);
  not eco495 (patchNew__not_GATE_117, patchNew_new_n540_);
  nor eco496 (patchNew_new_n556_, patchNew_new_n437_, patchNew_new_n440_);
  nor eco497 (patchNew_new_n557_, patchNew_new_n423_, patchNew_new_n509_);
  nor eco498 (patchNew_new_n401_, patchNew_new_n399_, patchNew_new_n400_);
  not eco499 (patchNew__not_GATE_89, patchNew_new_n450_);
  nor eco500 (patchNew_new_n546_, patchNew_new_n375_, patchNew_new_n489_);
  not eco501 (patchNew__not_GATE_119, patchNew_new_n487_);
  nor eco502 (patchNew_new_n418_, patchNew_new_n416_, patchNew_new_n417_);
  nor eco503 (patchNew_new_n584_, patchNew_n844, patchNew_new_n583_);
  and eco504 (patchNew_new_n585_, n1666, patchNew__not_GATE_138);
  not eco505 (patchNew__not_GATE_138, patchNew_new_n584_);
  nor eco506 (patchNew_new_n517_, patchNew_new_n331_, patchNew_new_n501_);
  nor eco507 (patchNew_new_n518_, patchNew_new_n447_, patchNew_new_n481_);
  and eco508 (patchNew_new_n488_, patchNew_new_n393_, patchNew_new_n487_);
  and eco509 (patchNew_new_n388_, patchNew__not_GATE_64, patchNew_new_n387_);
  and eco510 (patchNew_new_n235_, n477, n535);
  and eco511 (patchNew_new_n285_, n331, patchNew_new_n283_);
  not eco512 (patchNew__not_GATE_16, patchNew_new_n263_);
  nor eco513 (patchNew_new_n581_, patchNew_new_n577_, patchNew_new_n580_);
  and eco514 (patchNew_new_n580_, n1454, patchNew__not_GATE_137);
  not eco515 (patchNew__not_GATE_137, patchNew_new_n579_);
  and eco516 (patchNew_new_n461_, patchNew_n1469, patchNew__not_GATE_90);
  and eco517 (patchNew_new_n229_, n334, n374);
  not eco518 (patchNew__not_GATE_5, patchNew_new_n238_);
  and eco519 (patchNew_new_n322_, patchNew__not_GATE_41, patchNew_new_n261_);
  and eco520 (patchNew_new_n638_, patchNew__not_GATE_155, patchNew_n1720);
  not eco521 (patchNew__not_GATE_149, patchNew_new_n494_);
  and eco522 (patchNew_new_n617_, patchNew_n1705, patchNew_n1706);
  nor eco523 (patchNew_new_n618_, patchNew_new_n616_, patchNew_new_n617_);
  nor eco524 (patchNew_new_n369_, patchNew_new_n357_, patchNew_new_n368_);
  and eco525 (patchNew_new_n575_, n1754, patchNew__not_GATE_135);
  nor eco526 (patchNew_new_n579_, n1708, patchNew_new_n578_);
  not eco527 (patchNew__not_GATE_135, patchNew_new_n571_);
  nor eco528 (patchNew_new_n651_, patchNew_new_n549_, patchNew_n1911);
  and eco529 (patchNew_new_n653_, patchNew_n1063, patchNew_new_n549_);
  nor eco530 (patchNew_new_n654_, patchNew_n1063, patchNew_new_n549_);
  and eco531 (patchNew_new_n656_, patchNew__not_GATE_159, patchNew_n1907);
  not eco532 (patchNew__not_GATE_159, patchNew_new_n611_);
  and eco533 (patchNew_new_n670_, n1754, patchNew_new_n567_);
  not eco534 (patchNew__not_GATE_160, patchNew_new_n286_);
  and eco535 (patchNew_new_n577_, n1708, patchNew_new_n576_);
  and eco536 (patchNew_new_n578_, n1666, patchNew__not_GATE_136);
  not eco537 (patchNew__not_GATE_136, patchNew_new_n574_);
  not eco538 (patchNew__not_GATE_155, patchNew_new_n623_);
  not eco539 (patchNew__not_GATE_156, patchNew_new_n635_);
  nor eco540 (patchNew_new_n640_, n137, n136);
  and eco541 (patchNew_new_n641_, n138, patchNew__not_GATE_157);
  not eco542 (patchNew__not_GATE_157, patchNew_new_n540_);
  not eco543 (patchNew__not_GATE_113, patchNew_new_n458_);
  nor eco544 (patchNew_new_n529_, patchNew_new_n479_, patchNew_new_n528_);
  and eco545 (patchNew_new_n563_, n1666, patchNew__not_GATE_127);
  not eco546 (patchNew__not_GATE_127, patchNew_new_n301_);
  not eco547 (patchNew__not_GATE_153, patchNew_new_n337_);
  nor eco548 (patchNew_new_n635_, patchNew_new_n614_, patchNew__xnor_GATE_7);
  nor eco549 (patchNew_new_n636_, n1614, patchNew_new_n618_);
  nor eco550 (patchNew_new_n658_, patchNew_new_n610_, patchNew__xnor_GATE_13);
  not eco551 (patchNew__not_GATE_154, patchNew_new_n636_);
  not eco552 (patchNew__not_GATE_73, patchNew_new_n409_);
  nor eco553 (patchNew_new_n390_, patchNew_new_n378_, patchNew_new_n389_);
  and eco554 (patchNew_new_n477_, patchNew__not_GATE_94, patchNew_new_n476_);
  nor eco555 (patchNew_new_n523_, n1381, patchNew__xnor_GATE_8);
  and eco556 (patchNew_new_n389_, patchNew__not_GATE_65, patchNew_new_n388_);
  xnor eco557 (patchNew__xnor_GATE_4, patchNew_new_n317_, patchNew_new_n567_);
  xnor eco558 (patchNew__xnor_GATE_5, n1424, patchNew_new_n587_);
  xnor eco559 (patchNew__xnor_GATE_6, patchNew_new_n621_, patchNew_new_n543_);
  xnor eco560 (patchNew__xnor_GATE_7, n1778, patchNew_new_n494_);
  and eco561 (patchNew_new_n561_, patchNew__not_GATE_126, patchNew_new_n301_);
  and eco562 (patchNew_new_n528_, patchNew__not_GATE_113, patchNew_new_n478_);
  not eco563 (patchNew__not_GATE_100, patchNew_new_n491_);
  not eco564 (patchNew__not_GATE_83, patchNew_new_n431_);
  not eco565 (patchNew__not_GATE_133, n1461);
  and eco566 (patchNew_new_n574_, patchNew__not_GATE_134, patchNew_n1791);
  not eco567 (patchNew__not_GATE_134, patchNew_new_n571_);
  and eco568 (patchNew_new_n327_, n1386, patchNew__not_GATE_44);
  and eco569 (patchNew_new_n455_, n1206, patchNew__not_GATE_88);
  nor eco570 (patchNew_new_n524_, patchNew_new_n522_, patchNew_new_n523_);
  nor eco571 (patchNew_new_n486_, patchNew_new_n439_, patchNew_new_n440_);
  and eco572 (patchNew_new_n571_, n1710, patchNew__not_GATE_131);
  not eco573 (patchNew__not_GATE_126, n1754);
  nor eco574 (patchNew_new_n490_, patchNew_new_n391_, patchNew_new_n489_);
  and eco575 (patchNew_new_n491_, patchNew__not_GATE_98, patchNew_new_n490_);
  not eco576 (patchNew__not_GATE_141, patchNew_new_n598_);
  and eco577 (patchNew_new_n603_, n1666, patchNew__not_GATE_142);
  not eco578 (patchNew__not_GATE_142, patchNew_new_n602_);
  and eco579 (patchNew_new_n569_, n1627, n1718);
  and eco580 (patchNew_new_n570_, n1717, patchNew__not_GATE_130);
  not eco581 (patchNew__not_GATE_130, patchNew_new_n569_);
  nor eco582 (patchNew_new_n331_, patchNew_new_n325_, patchNew_new_n329_);
  not eco583 (patchNew__not_GATE_66, patchNew_new_n377_);
  and eco584 (patchNew_new_n597_, patchNew__not_GATE_140, patchNew_new_n596_);
  nor eco585 (patchNew_new_n610_, patchNew_new_n562_, patchNew_new_n609_);
  not eco586 (patchNew__not_GATE_140, patchNew_new_n595_);
  nor eco587 (patchNew_new_n594_, patchNew_new_n567_, patchNew_new_n590_);
  nor eco588 (patchNew_new_n595_, patchNew_new_n593_, patchNew_new_n594_);
  nor eco589 (patchNew_new_n596_, n1754, patchNew_new_n323_);
  and eco590 (patchNew_new_n392_, patchNew_new_n377_, patchNew__not_GATE_67);
  nor eco591 (patchNew_new_n562_, patchNew_new_n510_, patchNew_new_n561_);
  and eco592 (patchNew_new_n508_, patchNew__not_GATE_104, patchNew_new_n507_);
  not eco593 (patchNew__not_GATE_104, patchNew_new_n428_);
  and eco594 (patchNew_new_n643_, patchNew_new_n614_, patchNew__xnor_GATE_7);
  and eco595 (patchNew_new_n645_, n1597, patchNew_new_n540_);
  and eco596 (patchNew_new_n646_, patchNew_n1972, patchNew__not_GATE_158);
  not eco597 (patchNew__not_GATE_158, patchNew_new_n645_);
  and eco598 (patchNew_new_n648_, patchNew_new_n549_, patchNew_n1911);
  nor eco599 (patchNew_new_n649_, patchNew_new_n648_, patchNew__xnor_GATE_2);
  and eco600 (patchNew_new_n326_, patchNew__not_GATE_43, patchNew_new_n325_);
  nor eco601 (patchNew_new_n626_, patchNew_new_n543_, patchNew_new_n625_);
  not eco602 (patchNew__not_GATE_152, patchNew_n1907);
  nor eco603 (patchNew_new_n629_, patchNew_new_n621_, patchNew_n1911);
  nor eco604 (patchNew_new_n631_, patchNew_new_n342_, patchNew__xnor_GATE_3);
  and eco605 (patchNew_new_n633_, patchNew_new_n286_, patchNew__not_GATE_153);
  and eco606 (patchNew_new_n592_, n1666, patchNew__not_GATE_139);
  not eco607 (patchNew__not_GATE_139, patchNew_new_n591_);
  nor eco608 (patchNew_new_n593_, patchNew_new_n568_, patchNew_new_n592_);
  and eco609 (patchNew_new_n530_, patchNew__not_GATE_114, patchNew_new_n529_);
  nor eco610 (patchNew_new_n531_, n1555, patchNew_new_n529_);
  not eco611 (patchNew__not_GATE_0, patchNew_new_n229_);
  nor eco612 (patchNew_new_n494_, patchNew_new_n363_, patchNew_new_n493_);
  nor eco613 (patchNew_new_n365_, patchNew_new_n363_, patchNew_new_n364_);
  not eco614 (patchNew__not_GATE_67, patchNew_new_n390_);
  and eco615 (patchNew_new_n258_, n589, patchNew__not_GATE_13);
  nor eco616 (patchNew_new_n537_, patchNew_new_n532_, patchNew__xnor_GATE_10);
  and eco617 (patchNew_new_n539_, patchNew_n1047, patchNew_n1050);
  and eco618 (patchNew_new_n324_, patchNew__not_GATE_42, patchNew_new_n323_);
  not eco619 (patchNew__not_GATE_44, patchNew_new_n263_);
  and eco620 (patchNew_new_n403_, patchNew__not_GATE_69, patchNew_new_n401_);
  and eco621 (patchNew_new_n660_, n1754, patchNew__xnor_GATE_8);
  not eco622 (patchNew__not_GATE_161, patchNew_new_n660_);
  and eco623 (patchNew_new_n662_, patchNew__not_GATE_162, patchNew_new_n608_);
  not eco624 (patchNew__not_GATE_162, patchNew_new_n510_);
  and eco625 (patchNew_new_n664_, patchNew_n1989, patchNew__xnor_GATE_13);
  nor eco626 (patchNew_new_n665_, patchNew_n1989, patchNew__xnor_GATE_13);
  and eco627 (patchNew_new_n667_, n1754, patchNew_new_n529_);
  not eco628 (patchNew__not_GATE_163, patchNew_new_n329_);
  nor eco629 (patchNew_new_n608_, patchNew_new_n604_, patchNew_new_n607_);
  and eco630 (patchNew_new_n609_, patchNew__not_GATE_146, patchNew_new_n608_);
  and eco631 (patchNew_new_n616_, n711, patchNew__not_GATE_149);
  not eco632 (patchNew__not_GATE_146, patchNew_new_n564_);
  and eco633 (patchNew_new_n505_, n1095, patchNew__not_GATE_103);
  and eco634 (patchNew_new_n489_, patchNew_new_n367_, patchNew_new_n374_);
  not eco635 (patchNew__not_GATE_164, patchNew_new_n670_);
  and eco636 (patchNew_new_n677_, n1754, patchNew_new_n587_);
  not eco637 (patchNew_n499, patchNew_n437);
  xor eco638 (patchNew_n1390, patchNew_n1367, patchNew_n1389);
  xnor eco639 (patchNew_n1224, patchNew_n1210, patchNew_n1223);
  nand eco640 (patchNew_n1008, patchNew_n996, patchNew_n1007);
  xor eco641 (patchNew_n989, patchNew_n986, n168);
  xor eco642 (patchNew_n1188, n846, n834);
  xnor eco643 (patchNew_n1576, patchNew_n1572, patchNew_n1575);
  xor eco644 (patchNew_n1584, patchNew_n1582, n692);
  xor eco645 (patchNew_n1458, patchNew_n1455, patchNew_n1457);
  xor eco646 (patchNew_n1384, patchNew_n1373, patchNew_n1383);
  xnor eco647 (patchNew_n487, patchNew_n484, patchNew_n486);
  nand eco648 (patchNew_n486, patchNew_n485, patchNew_n429);
  nor eco649 (patchNew_n1020, n330, n264);
  not eco650 (patchNew_n1469, patchNew_n1433);
  xnor eco651 (patchNew_n1642, patchNew_n1630, patchNew_n1641);
  nand eco652 (patchNew_n1705, patchNew_n1703, patchNew_n1704);
  xor eco653 (patchNew_n1706, n667, patchNew_n1100);
  xor eco654 (patchNew_n1047, patchNew_n951, patchNew_n952);
  nand eco655 (patchNew_n1050, patchNew_n1048, patchNew_n1049);
  xnor eco656 (patchNew_n437, patchNew_n435, patchNew_n436);
  nand eco657 (patchNew_n1367, patchNew_n1364, patchNew_n1366);
  or eco658 (patchNew_n1389, patchNew_n1385, patchNew_n1388);
  xor eco659 (patchNew_n1210, n867, n864);
  nor eco660 (patchNew_n1223, patchNew_n1221, patchNew_n1222);
  or eco661 (patchNew_n996, patchNew_n992, n207);
  nand eco662 (patchNew_n1007, patchNew_n1002, patchNew_n1006);
  xnor eco663 (patchNew_n986, n164, n165);
  xor eco664 (patchNew_n1572, n685, patchNew_n1376);
  nand eco665 (patchNew_n1575, patchNew_n1377, patchNew_n1574);
  nand eco666 (patchNew_n1582, patchNew_n1580, patchNew_n1581);
  xor eco667 (patchNew_n1455, n1056, n1115);
  nand eco668 (patchNew_n1457, patchNew_n1456, patchNew_n1422);
  xor eco669 (patchNew_n1373, n679, n761);
  nand eco670 (patchNew_n1383, patchNew_n1377, patchNew_n1382);
  xor eco671 (patchNew_n484, n476, n515);
  not eco672 (patchNew_n485, patchNew_n427);
  nand eco673 (patchNew_n429, n533, n479);
  xnor eco674 (patchNew_n1433, patchNew_n1430, patchNew_n1432);
  xor eco675 (patchNew_n1630, patchNew_n1627, n698);
  nand eco676 (patchNew_n1641, patchNew_n1638, patchNew_n1640);
  or eco677 (patchNew_n1703, n705, patchNew_n1702);
  or eco678 (patchNew_n1704, n701, n702);
  nor eco679 (patchNew_n1100, patchNew_n1098, patchNew_n1099);
  nor eco680 (patchNew_n951, patchNew_n948, patchNew_n950);
  not eco681 (patchNew_n952, n131);
  or eco682 (patchNew_n1048, patchNew_n986, n168);
  or eco683 (patchNew_n1049, n164, n165);
  xor eco684 (patchNew_n435, n473, n397);
  nand eco685 (patchNew_n436, patchNew_n375, patchNew_n370);
  or eco686 (patchNew_n1364, patchNew_n1354, n785);
  nand eco687 (patchNew_n1366, patchNew_n1365, n785);
  and eco688 (patchNew_n1385, n721, patchNew_n1384);
  and eco689 (patchNew_n1388, patchNew_n1386, patchNew_n1387);
  and eco690 (patchNew_n1221, n782, n762);
  and eco691 (patchNew_n1222, n781, n866);
  not eco692 (patchNew_n992, patchNew_n991);
  not eco693 (patchNew_n1002, patchNew_n1001);
  nand eco694 (patchNew_n1006, patchNew_n1003, patchNew_n1005);
  not eco695 (patchNew_n1376, n683);
  nand eco696 (patchNew_n1377, patchNew_n1374, patchNew_n1376);
  nand eco697 (patchNew_n1574, patchNew_n1573, patchNew_n1382);
  not eco698 (patchNew_n1580, n694);
  or eco699 (patchNew_n1581, n890, n673);
  not eco700 (patchNew_n1456, patchNew_n1425);
  nand eco701 (patchNew_n1422, n1059, n1126);
  nand eco702 (patchNew_n1382, n677, n676);
  nor eco703 (patchNew_n427, n533, n479);
  xor eco704 (patchNew_n1430, n1053, n1075);
  nand eco705 (patchNew_n1432, patchNew_n1431, patchNew_n1284);
  nor eco706 (patchNew_n1627, patchNew_n1626, n694);
  or eco707 (patchNew_n1638, patchNew_n1631, patchNew_n1637);
  nand eco708 (patchNew_n1640, patchNew_n1639, patchNew_n1575);
  not eco709 (patchNew_n1702, n712);
  and eco710 (patchNew_n1098, n666, patchNew_n1097);
  and eco711 (patchNew_n1099, patchNew_n1094, n669);
  and eco712 (patchNew_n948, patchNew_n945, patchNew_n947);
  and eco713 (patchNew_n950, n130, n133);
  nand eco714 (patchNew_n375, n487, n389);
  nand eco715 (patchNew_n370, n496, n407);
  not eco716 (patchNew_n1354, n790);
  not eco717 (patchNew_n1365, n790);
  not eco718 (patchNew_n1386, n721);
  not eco719 (patchNew_n1387, patchNew_n1384);
  not eco720 (patchNew_n991, n204);
  nor eco721 (patchNew_n1001, patchNew_n999, patchNew_n1000);
  or eco722 (patchNew_n1003, patchNew_n614, n195);
  or eco723 (patchNew_n1005, n200, n197);
  not eco724 (patchNew_n1374, n717);
  not eco725 (patchNew_n1573, n679);
  nor eco726 (patchNew_n1425, n1126, n1059);
  not eco727 (patchNew_n1431, patchNew_n1289);
  nand eco728 (patchNew_n1284, n1076, n1004);
  and eco729 (patchNew_n1626, patchNew_n1581, n692);
  not eco730 (patchNew_n1631, patchNew_n1376);
  not eco731 (patchNew_n1637, patchNew_n1636);
  not eco732 (patchNew_n1639, n685);
  not eco733 (patchNew_n1097, n669);
  nor eco734 (patchNew_n1094, patchNew_n1092, patchNew_n1093);
  nor eco735 (patchNew_n945, patchNew_n943, patchNew_n944);
  not eco736 (patchNew_n947, n133);
  and eco737 (patchNew_n999, n207, patchNew_n998);
  and eco738 (patchNew_n1000, patchNew_n994, n204);
  not eco739 (patchNew_n614, patchNew_n613);
  nor eco740 (patchNew_n1289, n891, n1066);
  nand eco741 (patchNew_n1636, patchNew_n1634, patchNew_n1635);
  and eco742 (patchNew_n1092, patchNew_n1091, n661);
  and eco743 (patchNew_n1093, n660, n663);
  and eco744 (patchNew_n943, patchNew_n942, n125);
  and eco745 (patchNew_n944, n124, n127);
  not eco746 (patchNew_n998, n204);
  xnor eco747 (patchNew_n994, patchNew_n993, patchNew_n971);
  nand eco748 (patchNew_n613, patchNew_n611, patchNew_n612);
  or eco749 (patchNew_n1634, patchNew_n1632, n682);
  or eco750 (patchNew_n1635, patchNew_n1575, n685);
  xor eco751 (patchNew_n1091, n660, n663);
  xor eco752 (patchNew_n942, n124, n127);
  xor eco753 (patchNew_n993, patchNew_n976, n161);
  nand eco754 (patchNew_n971, patchNew_n968, patchNew_n970);
  or eco755 (patchNew_n611, patchNew_n600, n200);
  or eco756 (patchNew_n612, patchNew_n609, n197);
  not eco757 (patchNew_n1632, n685);
  nor eco758 (patchNew_n976, patchNew_n975, n157);
  or eco759 (patchNew_n968, patchNew_n961, patchNew_n967);
  nand eco760 (patchNew_n970, patchNew_n969, patchNew_n608);
  not eco761 (patchNew_n600, n197);
  xnor eco762 (patchNew_n609, patchNew_n603, patchNew_n608);
  and eco763 (patchNew_n975, patchNew_n592, n155);
  not eco764 (patchNew_n961, patchNew_n602);
  not eco765 (patchNew_n967, patchNew_n966);
  not eco766 (patchNew_n969, n148);
  nand eco767 (patchNew_n608, patchNew_n606, patchNew_n607);
  xor eco768 (patchNew_n603, n148, patchNew_n602);
  or eco769 (patchNew_n592, n342, n137);
  not eco770 (patchNew_n602, n146);
  nand eco771 (patchNew_n966, patchNew_n964, patchNew_n965);
  or eco772 (patchNew_n606, n142, n144);
  not eco773 (patchNew_n607, patchNew_n201);
  or eco774 (patchNew_n964, patchNew_n962, n145);
  or eco775 (patchNew_n965, patchNew_n608, n148);
  nor eco776 (patchNew_n201, n146, n179);
  not eco777 (patchNew_n962, n148);
endmodule